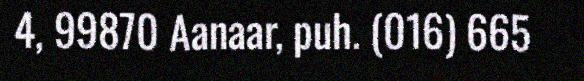
4, 99870 Aanaar, puh. (016) 665